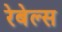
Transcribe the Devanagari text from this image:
रेबेल्स